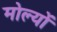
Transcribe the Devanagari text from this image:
मोल्यों